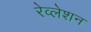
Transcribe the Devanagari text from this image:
रेव्लेशन